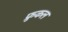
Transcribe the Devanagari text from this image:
फ्रुकल